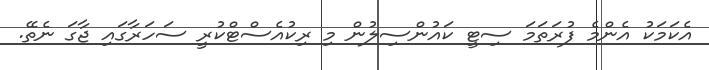
އެކަމަކު އެންމެ ފުރަތަމަ ސިޓީ ކައުންސިލުން މި ރިކުއެސްޓްކުރީ ސަހަރާގައި ޖާގަ ނެތޭ.